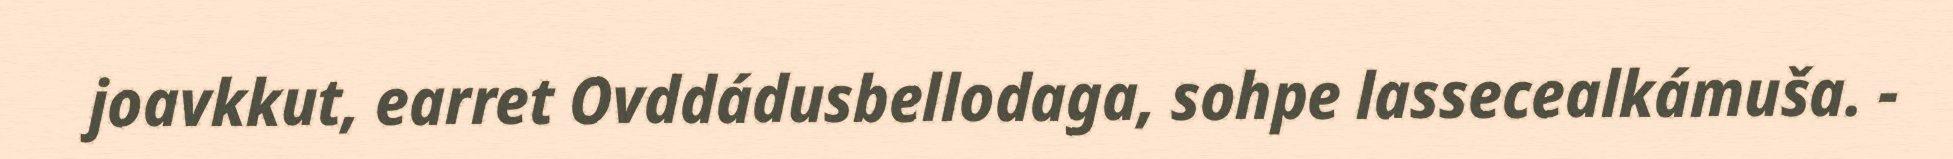
joavkkut, earret Ovddádusbellodaga, sohpe lassecealkámuša. -